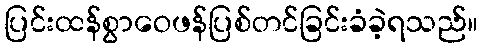
ပြင်းထန်စွာဝေဖန်ပြစ်တင်ခြင်းခံခဲ့ရသည်။